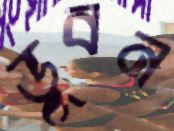
ডুবন